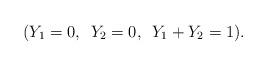
LaTeX: \begin{align*}(Y_1 = 0, \enskip Y_2 = 0, \enskip Y_1 + Y_2 = 1).\end{align*}